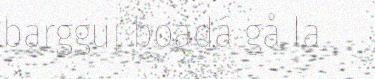
bargguj boadá gå la